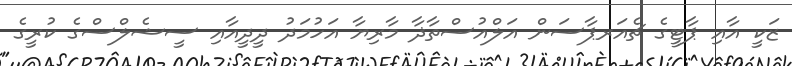
ޒަކީ އާއި ޕާޓީގެ ޗެއަރޕާސަން އަލްއުސްތާޛާ މާރިޔާ އަހުމަދު ދީދީއާއި ސީޝެލްސްގެ ކުރީގެ